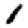
Digit: 1